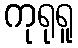
ကုရုရူ